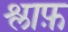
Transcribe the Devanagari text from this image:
श्लाफ़